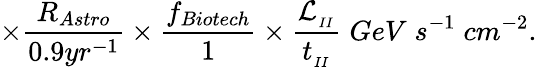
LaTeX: \times\frac{R_{Astro}}{0.9yr^{-1}}\times\frac{f_{Biotech}}{1}\times\frac{\mathcal{L}_{_{II}}}{t_{_{II}}}\; GeV\; s^{-1}\; cm^{-2}.